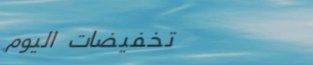
تخفيضات اليوم